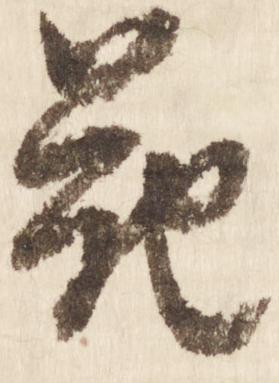
花